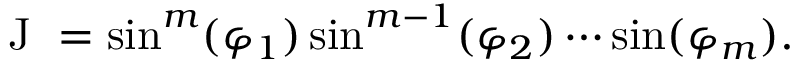
\begin{array} { r } { \mathrm { ~ J ~ } = \sin ^ { m } ( \varphi _ { 1 } ) \sin ^ { m - 1 } ( \varphi _ { 2 } ) \cdots \sin ( \varphi _ { m } ) . } \end{array}